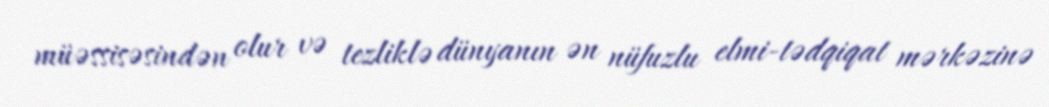
müəssisəsindən olur və tezliklə dünyanın ən nüfuzlu elmi-tədqiqat mərkəzinə